Jaan_Tonisson_(Lasteleht), lk 299
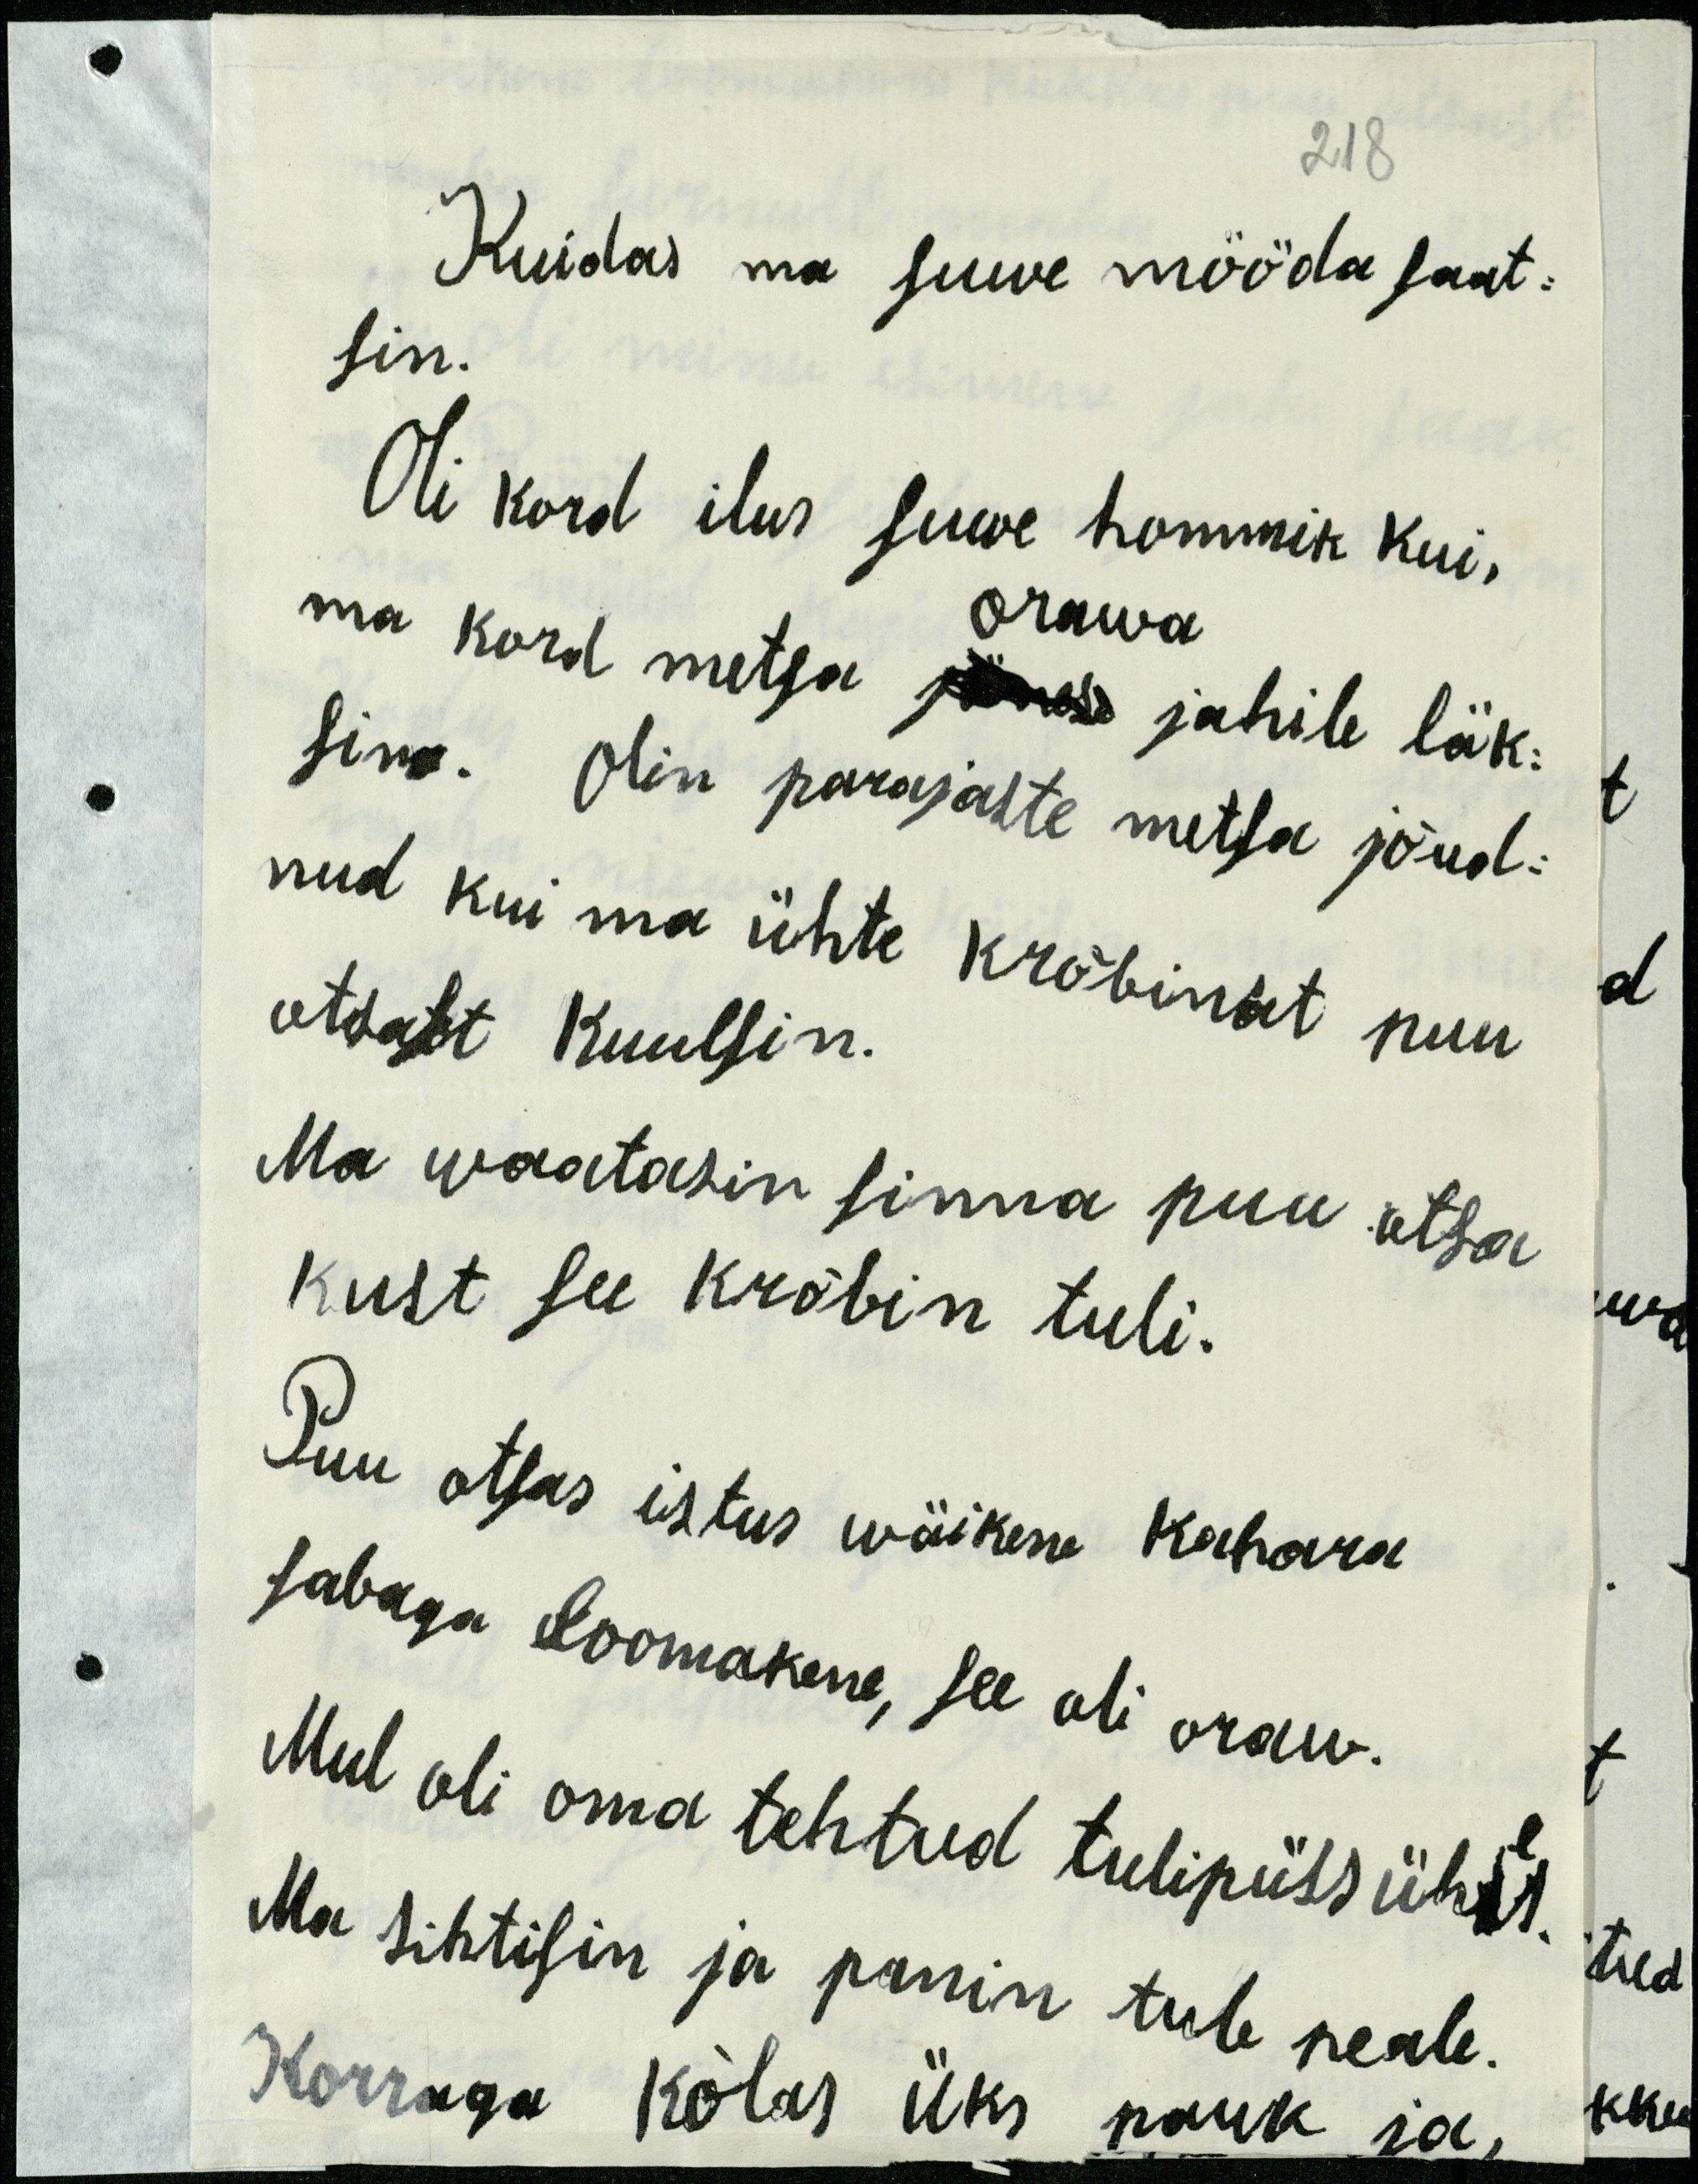
218
Kuidas ma suwe mööda saat-
sin.
Oli kord ilus suwe hommik kui,
ma kord metsa jänese jahile läk-
orawa
sina. Olin parajaste metsa jõud-
nud kui ma ühte krõbinat puu
otsalt kuulsin.
Ma waatasin sinna puu otsa
kust see krõbin tuli.
Puu otsas istus wäikene kohawa
sabaga loomakene, see oli oraw.
Mul oli oma tehtud tulipüss ühes
Ma sihtisin ja panin tule peale.
Korraga kõlas üks pauk ja,